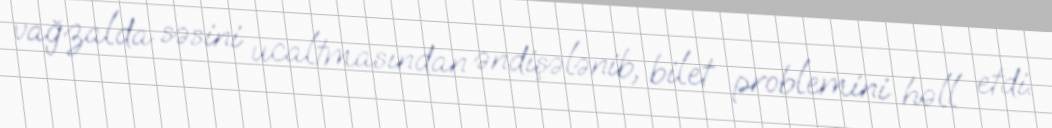
vağzalda səsini ucaltmasından əndişələnib, bilet problemini həll etdi.